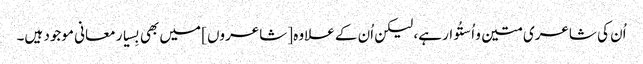
اُن کی شاعری متین و اُستُوار ہے، لیکن اُن کے علاوہ [شاعروں] میں بھی بِسیار معانی موجود ہیں۔